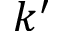
k ^ { \prime }